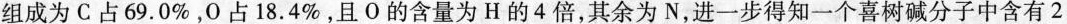
组成为C占69.0%，0占18.4%，且O的含量为H的4倍，其余为N，进一步得知一个喜树碱分子中含有2